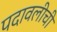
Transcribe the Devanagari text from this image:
पदावलीची